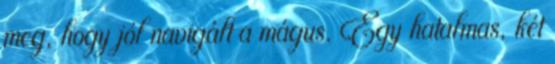
meg, hogy jól navigált a mágus. Egy hatalmas, két